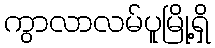
ကွာလာလမ်ပူမြို့ရှိ